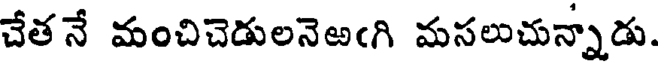
చేతనే మంచిచెడులనెఱఁగి మసలుచున్నాడు.